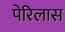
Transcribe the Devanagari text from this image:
पेरिलास